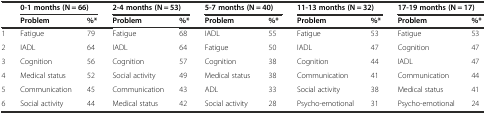
<table><thead><tr><td></td><td colspan="2"><b>0-1 months (N = 66)</b></td><td colspan="2"><b>2-4 months (N = 53)</b></td><td colspan="2"><b>5-7 months (N = 40)</b></td><td colspan="2"><b>11-13 months (N = 32)</b></td><td colspan="2"><b>17-19 months (N = 17)</b></td></tr><tr><td></td><td><b>Problem</b></td><td><b>%*</b></td><td><b>Problem</b></td><td><b>%*</b></td><td><b>Problem</b></td><td><b>%*</b></td><td><b>Problem</b></td><td><b>%*</b></td><td><b>Problem</b></td><td><b>%*</b></td></tr></thead><tbody><tr><td>1</td><td>Fatigue</td><td>79</td><td>Fatigue</td><td>68</td><td>IADL</td><td>55</td><td>Fatigue</td><td>53</td><td>Fatigue</td><td>53</td></tr><tr><td>2</td><td>IADL</td><td>64</td><td>IADL</td><td>64</td><td>Fatigue</td><td>50</td><td>IADL</td><td>47</td><td>Cognition</td><td>47</td></tr><tr><td>3</td><td>Cognition</td><td>56</td><td>Cognition</td><td>57</td><td>Cognition</td><td>38</td><td>Cognition</td><td>44</td><td>IADL</td><td>47</td></tr><tr><td>4</td><td>Medical status</td><td>52</td><td>Social activity</td><td>49</td><td>Medical status</td><td>38</td><td>Communication</td><td>41</td><td>Communication</td><td>44</td></tr><tr><td>5</td><td>Communication</td><td>45</td><td>Communication</td><td>43</td><td>ADL</td><td>33</td><td>Social activity</td><td>38</td><td>Medical status</td><td>41</td></tr><tr><td>6</td><td>Social activity</td><td>44</td><td>Medical status</td><td>42</td><td>Social activity</td><td>28</td><td>Psycho-emotional</td><td>31</td><td>Psycho-emotional</td><td>24</td></tr></tbody></table>